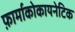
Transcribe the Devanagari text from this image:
फ़ार्माकोकायनेटिक